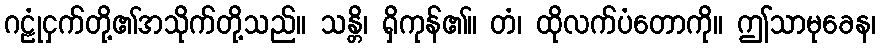
ဂဠုံငှက်တို့၏အသိုက်တို့သည်။ သန္တိ၊ ရှိကုန်၏။ တံ၊ ထိုလက်ပံတောကို။ ဤသာမုခေန၊